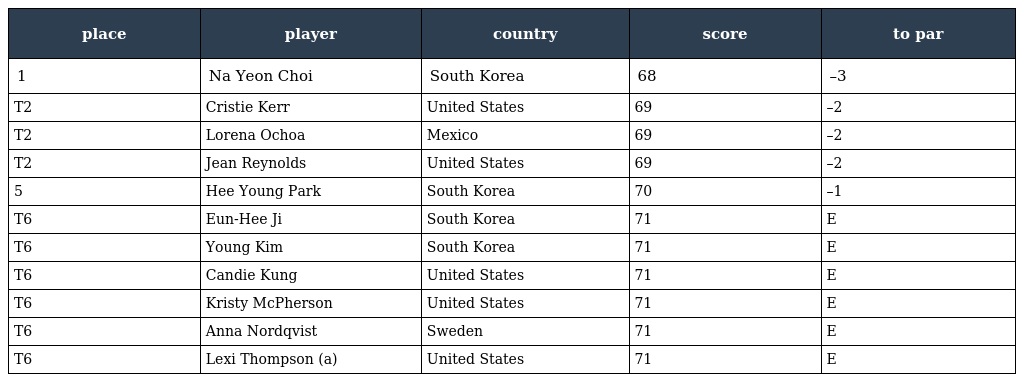
| place | player | country | score | to par |
 | --- | --- | --- | --- | --- |
 | 1 | Na Yeon Choi | South Korea | 68 | –3 |
 | T2 | Cristie Kerr | United States | 69 | –2 |
 | T2 | Lorena Ochoa | Mexico | 69 | –2 |
 | T2 | Jean Reynolds | United States | 69 | –2 |
 | 5 | Hee Young Park | South Korea | 70 | –1 |
 | T6 | Eun-Hee Ji | South Korea | 71 | E |
 | T6 | Young Kim | South Korea | 71 | E |
 | T6 | Candie Kung | United States | 71 | E |
 | T6 | Kristy McPherson | United States | 71 | E |
 | T6 | Anna Nordqvist | Sweden | 71 | E |
 | T6 | Lexi Thompson (a) | United States | 71 | E |